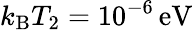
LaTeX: {k_{\mathrm B}T_{2}=10^{-6}\, \mathrm{eV}}